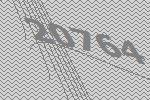
20764